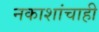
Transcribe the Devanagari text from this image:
नकाशांचाही